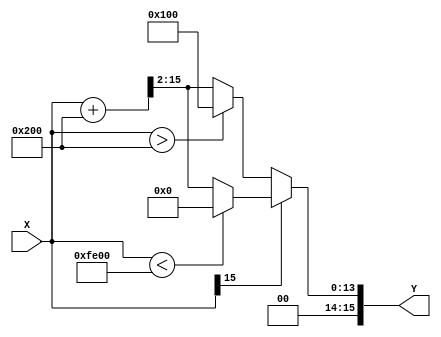
module sigmoid(X,Y);
	parameter DATA_WIDTH = 16;
	parameter FRACT_WIDTH = 8;
	
	input signed [DATA_WIDTH-1:0] X;
	output wire signed [DATA_WIDTH-1:0] Y;
	
	wire signed [DATA_WIDTH-1:0] s1;
	assign s1 = X+16'h0200; 
	
	assign Y = (X[DATA_WIDTH-1]) ? (
		// negative
		(X < -16'h0200)? 16'h0000 : (s1>>>2) ) 
		// positive
		: ( (X>16'h0200) ? 16'h0100: (s1>>>2) );


endmodule